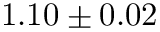
1 . 1 0 \pm 0 . 0 2